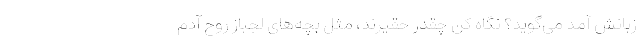
زبانش آمد می‌گوید؟ نگاه کن چقدر حقیرند، مثل بچه‌های لجباز روح آدم